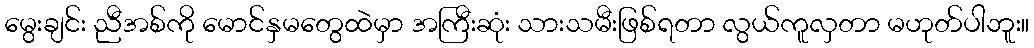
မွေးချင်း ညီအစ်ကို မောင်နှမတွေထဲမှာ အကြီးဆုံး သားသမီးဖြစ်ရတာ လွယ်ကူလှတာ မဟုတ်ပါဘူး။